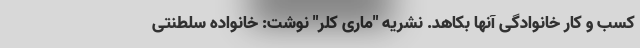
کسب و کار خانوادگی آنها بکاهد. نشریه "ماری کلر" نوشت: خانواده سلطنتی